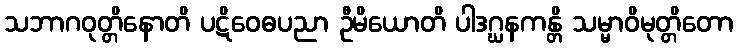
သဘာဂဝုတ္တိနောတိ ပဋိဝေဓပညာ ဦမိယောတိ ပါဒဂ္ဃနကန္တိ သမ္မာဝိမုတ္တိတော